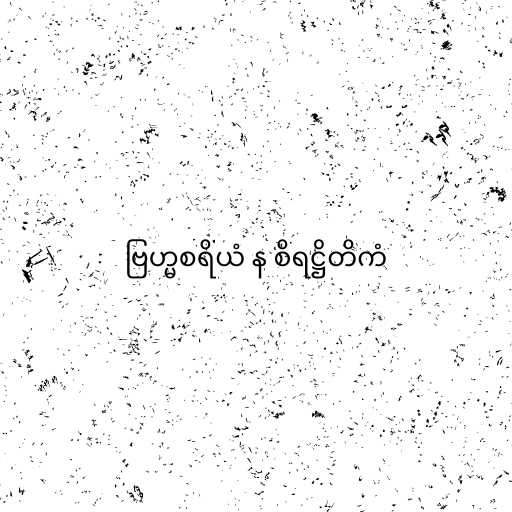
ဗြဟ္မစရိယံ န စိရဋ္ဌိတိကံ